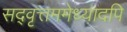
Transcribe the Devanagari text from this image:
सद्‌वृत्तममेध्यादपि